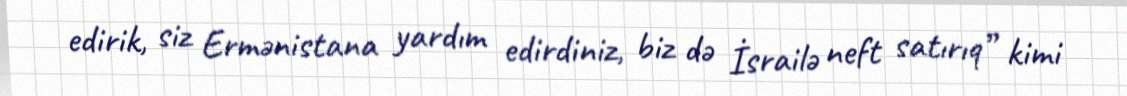
edirik, siz Ermənistana yardım edirdiniz, biz də İsrailə neft satırıq” kimi